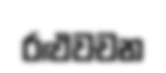
රළුවචන